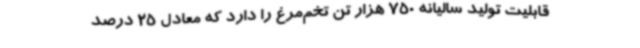
قابلیت تولید سالیانه 750 هزار تن تخم‌مرغ را دارد که معادل 25 درصد